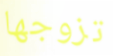
تزوجها